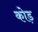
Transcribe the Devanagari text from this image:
कोड़